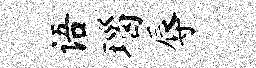
语瑙辱